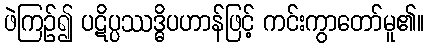
ဖဲကြဉ်၍ ပဋိပ္ပဿဒ္ဓိပဟာန်ဖြင့် ကင်းကွာတော်မူ၏။